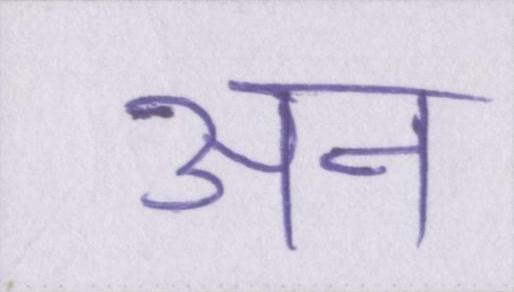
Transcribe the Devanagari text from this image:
अन